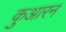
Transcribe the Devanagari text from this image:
कुआरन